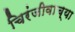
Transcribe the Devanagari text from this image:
चिरंजीवाच्या